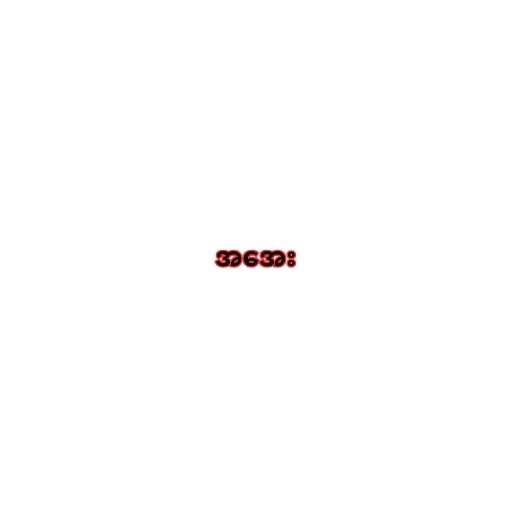
အအေး